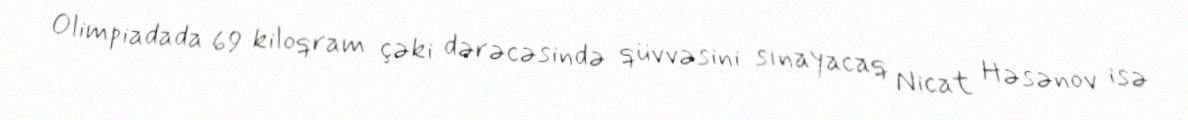
Olimpiadada 69 kiloqram çəki dərəcəsində qüvvəsini sınayacaq Nicat Həsənov isə